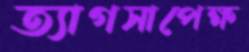
ত্যাগসাপেক্ষ